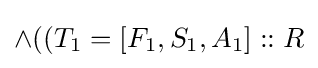
\land ((T_{1}=[F_{1},S_{1},A_{1}]::R